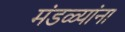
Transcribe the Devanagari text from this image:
मंडळ्यांना